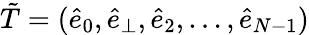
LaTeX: \tilde{T}=(\hat{e}_{0},\hat{e}_{\perp},\hat{e}_{2},\dots,\hat{e}_{N-1})